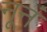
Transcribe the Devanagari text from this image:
नूनं